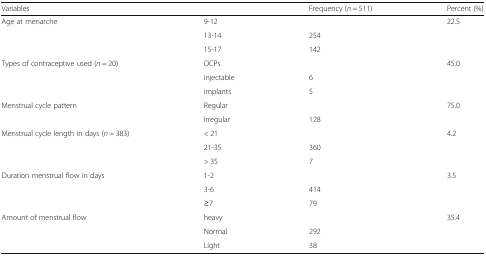
<table><thead><tr><td colspan="2"><b>Variables</b></td><td><b>Frequency (<i>n</i> = 511)</b></td><td><b>Percent (%)</b></td></tr></thead><tbody><tr><td rowspan="3">Age at menarche</td><td>9-12</td><td>[EMPTY_CELL]</td><td>22.5</td></tr><tr><td>13-14</td><td>254</td><td>[EMPTY_CELL]</td></tr><tr><td>15-17</td><td>142</td><td>[EMPTY_CELL]</td></tr><tr><td rowspan="3">Types of contraceptive used (<i>n</i> = 20)</td><td>OCPs</td><td>[EMPTY_CELL]</td><td>45.0</td></tr><tr><td>injectable</td><td>6</td><td>[EMPTY_CELL]</td></tr><tr><td>implants</td><td>5</td><td>[EMPTY_CELL]</td></tr><tr><td rowspan="2">Menstrual cycle pattern</td><td>Regular</td><td>[EMPTY_CELL]</td><td>75.0</td></tr><tr><td>Irregular</td><td>128</td><td>[EMPTY_CELL]</td></tr><tr><td rowspan="3">Menstrual cycle length in days (<i>n</i> = 383)</td><td>&lt; 21</td><td>[EMPTY_CELL]</td><td>4.2</td></tr><tr><td>21-35</td><td>360</td><td>[EMPTY_CELL]</td></tr><tr><td>&gt; 35</td><td>7</td><td>[EMPTY_CELL]</td></tr><tr><td rowspan="3">Duration menstrual flow in days</td><td>1-2</td><td>[EMPTY_CELL]</td><td>3.5</td></tr><tr><td>3-6</td><td>414</td><td>[EMPTY_CELL]</td></tr><tr><td>≥7</td><td>79</td><td>[EMPTY_CELL]</td></tr><tr><td rowspan="3">Amount of menstrual flow</td><td>heavy</td><td>[EMPTY_CELL]</td><td>35.4</td></tr><tr><td>Normal</td><td>292</td><td>[EMPTY_CELL]</td></tr><tr><td>Light</td><td>38</td><td>[EMPTY_CELL]</td></tr></tbody></table>